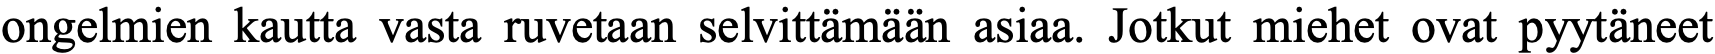
ongelmien kautta vasta ruvetaan selvittämään asiaa. Jotkut miehet ovat pyytäneet